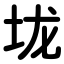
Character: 垅